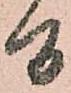
間